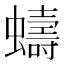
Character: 𫋤